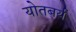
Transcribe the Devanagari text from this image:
योतबर्य